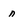
Character: n